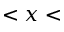
< x <